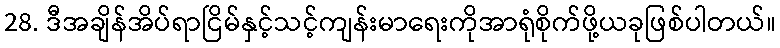
28. ဒီအချိန်အိပ်ရာငြိမ်နှင့်သင့်ကျန်းမာရေးကိုအာရုံစိုက်ဖို့ယခုဖြစ်ပါတယ်။